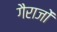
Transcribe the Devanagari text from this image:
गैराजों